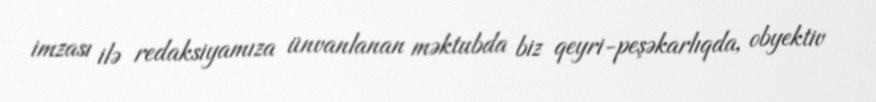
imzası ilə redaksiyamıza ünvanlanan məktubda biz qeyri-peşəkarlıqda, obyektiv